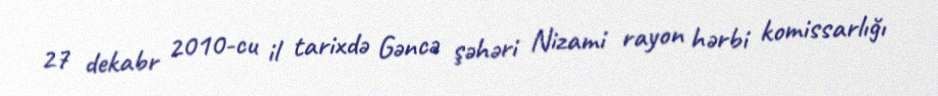
27 dekabr 2010-cu il tarixdə Gəncə şəhəri Nizami rayon hərbi komissarlığı